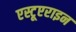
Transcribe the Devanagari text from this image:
एस्टूएराइन